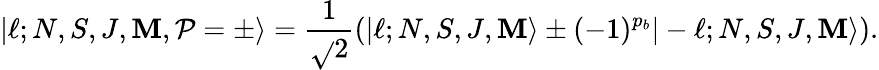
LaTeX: |\ell;N,S,J,\mathbf{M},\mathcal{{P}}=\pm\rangle=\frac{{1}}{{\sqrt{}{{2}}}}(|\ell;N,S,J,\mathbf{M}\rangle\pm(-1)^{p_{b}}|-\ell;N,S,J,\mathbf{M}\rangle).